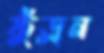
ফুঁড়ুন